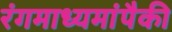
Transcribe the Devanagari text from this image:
रंगमाध्यमांपैकी